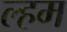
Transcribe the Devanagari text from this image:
ल्हम